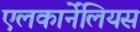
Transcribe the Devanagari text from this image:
एलकार्नेंलियस